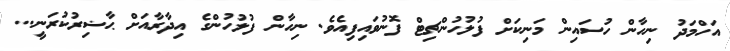
އަހްމަދު ނިހާން ހުސައިން މަނިކަށް ފުލުހުންޗިޓް ފޮނުވައިފިއެވެ. ނިހާން ފުލުހުންގެ އިދާރާއަށް ޙާޟިރުކުރަނީ...